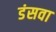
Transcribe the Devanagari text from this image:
डंसवा